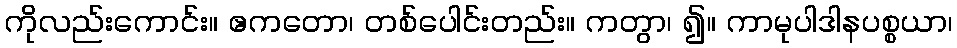
ကိုလည်းကောင်း။ ဧကတော၊ တစ်ပေါင်းတည်း။ ကတွာ၊ ၍။ ကာမုပါဒါနပစ္စယာ၊